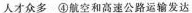
人才众多 ④航空和高速公路运输发达